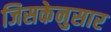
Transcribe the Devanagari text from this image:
जिसकेनुसार